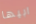
ابيها